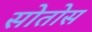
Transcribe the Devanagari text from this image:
सोतोस